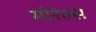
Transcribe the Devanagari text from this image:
मोरेल्स